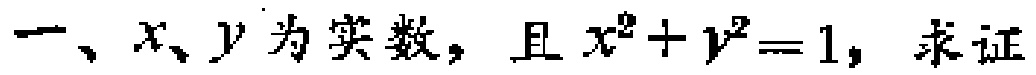
一、\(x、y\)为实数，且\(x^{2}+y^{2}=1\)，求证